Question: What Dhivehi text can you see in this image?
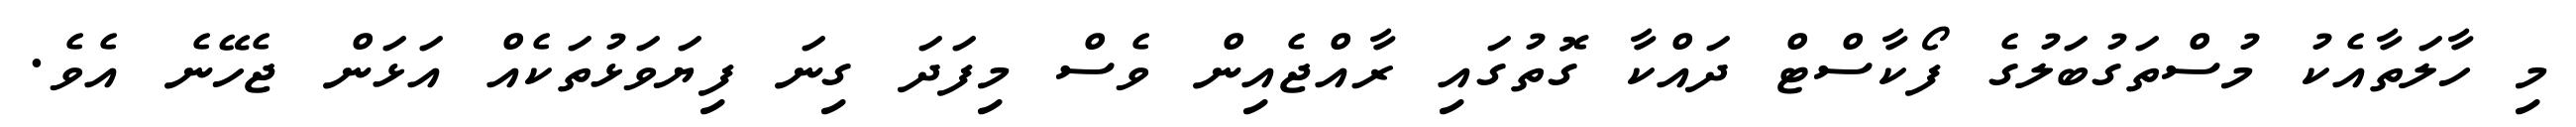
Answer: މި ހާލަތާއެކު މުސްތަގުބަލުގެ ފޯކާސްޓް ދައްކާ ގޮތުގައި ރާއްޖެއިން ވެސް މިފަދަ ގިނަ ފިޔަވަޅުތަކެއް އަޅަން ޖެހޭނެ އެވެ.